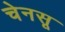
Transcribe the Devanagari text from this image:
चेनसू